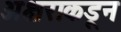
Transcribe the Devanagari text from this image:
अक्षराकडून